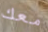
معك